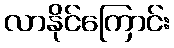
လာနိုင်ကြောင်း